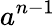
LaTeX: a^{n-1}